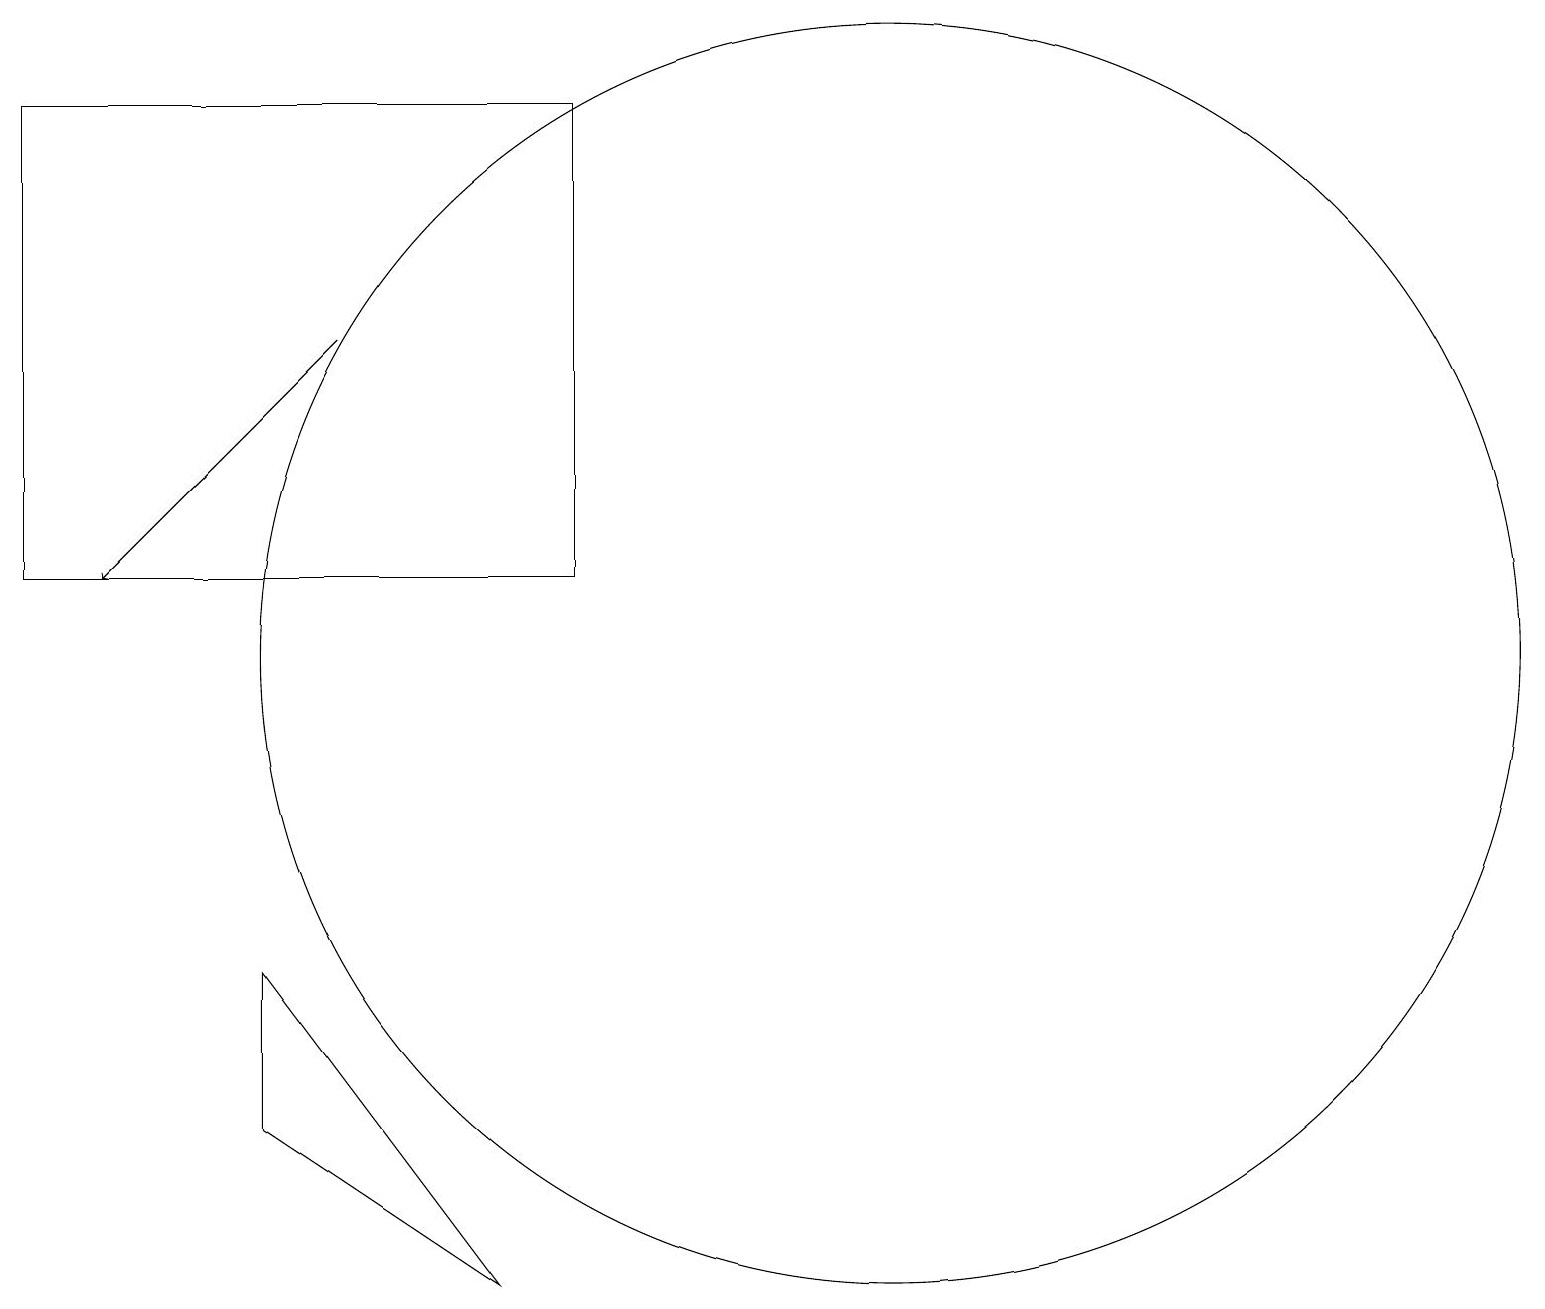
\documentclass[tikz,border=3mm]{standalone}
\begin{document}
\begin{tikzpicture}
\draw (8,12) rectangle (1,18);
\draw[->] (5,15) -- (2,12);
\draw (12,11) circle (8);
\draw (4,7) -- (7,3) -- (4,5) -- cycle;
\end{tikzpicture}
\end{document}